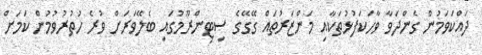
ދައްކަވަމުން ގެންދަވާ ވާހަކަފުޅުތަކާއި މަންޒަރުތައް ގޭގޭގެ ސިޓިންރޫމުގައި ބެލޭވަރަށް ވުރެ ހުތުރުވުމުން ކަމަށް